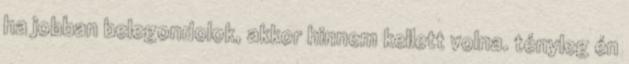
ha jobban belegondolok, akkor hinnem kellett volna. tényleg én